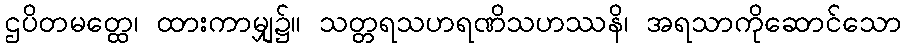
ဌပိတမတ္ထေ၊ ထားကာမျှ၌။ သတ္တရသဟရဏိသဟဿနိ၊ အရသာကိုဆောင်သော